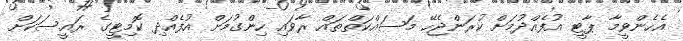
އެހެންވީމާ ޕާޓީ އުފެއްދުމަށް ކުރަންޖެހޭ މަސައްކަތްތައް ރާވައި ހިންގުމަށް އުފެއްދި ކޮމިޓީގެ ރައީސަކަށް